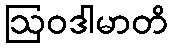
ဩဝဒါမာတိ